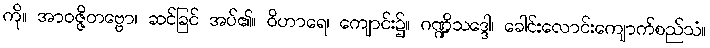
ကို။ အာဝဇ္ဇိတဗ္ဗော၊ ဆင်ခြင် အပ်၏။ ဝိဟာရေ၊ ကျောင်း၌။ ဂဏ္ဍိသဒ္ဒေါ၊ ခေါင်းလောင်းကျောက်စည်သံ။